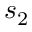
s _ { 2 }